[Report on the health of British troops in the Madras command]
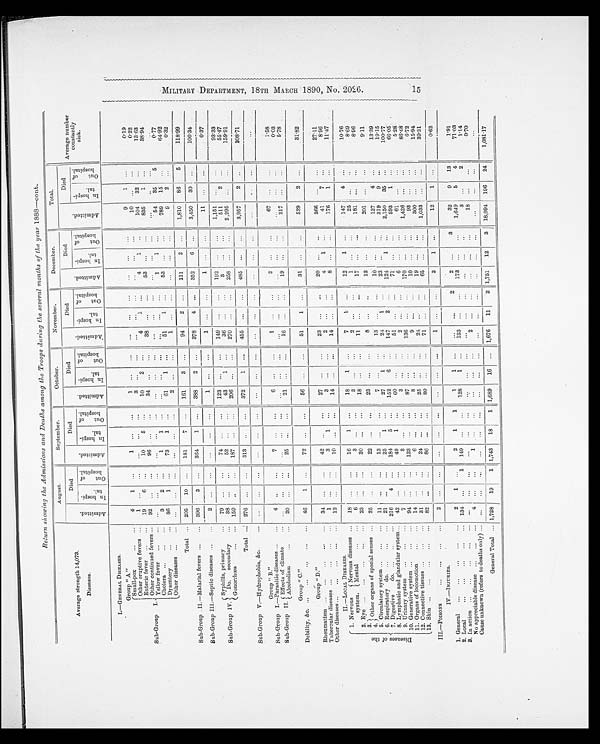
Return showing the Admissions and Deaths among the Troops during the several months of the year 1888—cont.
Average strength 14,073.
Diseases.
August.
September.
October.
November.
December.
Total.
Average number
constantly
sick.
A d m i t t e d .
Died
A d m i t t e d .
Died
A d m i t t e d .
Died
A d m i t t e d .
Died
A d m i t t e d .
Died
A d m i t t e d .
Died
I n h o s p i - t a l .
O u t o f h o s p i t a l .
I n h o s p i - t a l .
O u t o f h o s p i t a l .
I n h o s p i - t a l .
O u t o f h o s p i t a l .
I n h o s p i - t a l .
O u t o f h o s p i t a l .
I n h o s p i - t a l .
O u t o f h o s p i t a l .
I n h o s p i - t a l .
O u t o f h o s p i t a l .
I.—GENERAL DISEASES.
Group "A"
Sub-Group I.
Small-pox
4
1 ...
1
. . .
. . .
1
. . .
. . .
. . .
. . .
. . .
...
...
...
9
1
...
0.19
Other eruptive fevers
1
. . .
. . .
...
...
...
3
. . .
. . .
...
. . .
. . .
. . .
. . .
. . .
1 0
. . .
. . . 0.22
Enteric fever
19
6 ...
10
5 ...
10
2
...
4
1
...
4
1
. . .
104
32
...
13.63
Other continued fevers
92 ...
. . .
96
. . .
...
34 ...
. . .
38
...
...
53 ...
...
835
1
...
38.94
Yellow fever
...
...
...
. . .
. . .
. . . . . .
. . .
. . .
. . .
...
...
. . .
. . .
...
. . .
. . .
. . . ...
Cholera
3
2 ...
1
1
...
. . .
. . .
. . .
...
. . .
. . .
1
1
. . .
54
35
5
0.77
Dysentery
86
1
...
73
1
...
61
1
...
51
1 ...
53 ...
...
789
15 ...
64.92
Other diseases
...
. . .
. . .
...
...
...
2 ...
. . .
1
...
...
. . .
. . .
. . .
9
2
...
0.32
Total
205
10 ...
181
7 ...
161
3
. . .
94
2 ...
111
2
. . .
1,810
86
5
118.99
Sub-Group II.—Malarial fevers
396
3 ...
364
1
...
388
2
. . .
378
4 ...
352
6
...
3,450
30 ...
100.34
Sub-Group III.—Septic diseases
2
. . .
...
...
...
...
1
. . .
. . .
1
. . .
. . .
1
. . .
. . .
11
...
. . . 0.37
Sub-Group IV.
S y p h i l i s , p r i m a r y
7 9
. . .
. . .
74
. . .
...
123 ...
...
149
. . .
. . .
1 9 2
. . .
. . .
1,151
...
...
93.33
Do. secondary
38 ...
...
52
. . .
...
43
1
...
3 6
. . .
. . .
3
...
...
511
2
. . . 55.47
Gonorrhœa
159 ...
. . .
187
...
...
206 ...
...
270
...
. . .
258
. . .
. . .
2,295
...
...
159.91
Total
276 ...
...
313
. . .
...
372
1
...
455
. . .
. . .
485
...
...
3,957
2
. . .
308.71
Sub-Group V.—Hydrophobia, &c.
...
. . .
. . .
...
...
...
. . .
. . .
...
. . .
. . .
. . .
...
...
...
. . .
. . .
. . . ...
Group "B."
Sub-Group I.—Parasitic diseases
4
. . .
. . . 7
. . .
. . .
6
. . .
. . .
1
...
. . .
2 ...
...
67 ...
...
1.58
Sub-Group II. Effects of climate
. . .
. . .
. . .
. . .
. . .
. . .
. . .
. . .
. . .
. . .
. . .
. . .
. . .
. . .
. . .
. . .
...
...
0.03
Alcoholism
2 0
. . .
. . .
25
. . .
...
21 ...
...
16
...
...
1 9
. . .
. . .
217 ...
. . . 5.78
Group "C."
Debility, &c.
46
1
...
7 2
. . .
. . .
56 ...
...
51
1
. . .
31 ...
...
529
2
. . . 31.82
Group "D."
Rheumatism
34 ...
...
42 ...
...
27 ...
...
23
...
...
20 ...
...
366 ...
...
27.11
Tubercular diseases
1
. . .
. . .
3
1 ...
3
. . .
. . .
2
...
...
4
1
...
41
7
...
8.96
Other diseases
12
. . .
. . .
10
. . .
. . .
14 ...
...
14 ...
...
8
. . .
. . .
176
1
...
11.47
II.—LOCAL DISEASES.
D i s e a s e s o f t h e
1. Nervous
system.
Nervous diseases
18 ...
...
16
1
...
1 8
1 ...
7
1
...
12
1
...
147
4
. . .
10.76
Mental
6 ...
...
3
. . .
. . .
3
. . .
...
2
. . .
. . .
1
. . .
. . .
25 ...
...
8.69
2. Eye
2 3
. . .
. . .
20
. . .
. . .
18 ...
...
11
. . .
. . .
17 ...
. . .
181
. . .
...
8.96
3 .
Other organs of special senses
25 ...
...
22
. . .
. . .
23 ...
...
8 ...
...
1 2
. . .
. . .
201 ...
...
9.11
4 .
5. Circulatory system
11
. . .
...
13
...
...
7
...
...
13 ...
...
10 ...
...
127
4 ...
13.39
6. Respiratory do.
21
...
...
25
1
...
27
1
...
24
1
. . .
23 ...
...
319
9
...
19.15
7. Digestive
do.
216
4 ...
184
5
...
152
6 ...
147
2
. . .
124
1
...
2,150
35 ...
100.77
8. Lymphatic and glandular system
42
...
...
49
1
...
60 ...
...
51
...
...
71
...
...
593
1
. . .
66.05
9. Urinary system
7
. . .
. . .
3
...
...
3
. . .
. . .
2
. . .
. . .
6
. . .
. . .
61
...
...
5.28
10. Generative system
94 ...
...
123
...
...
87 ...
...
136
...
...
170
...
...
1,426 ...
...
86.48
11. Organs of locomotion
14 ...
. . .
6
. . .
. . .
8
. . .
. . .
9
...
. . .
10 ...
...
93
...
...
6.72
12. Connective tissues
3 1
. . .
. . .
2 4
. . .
. . .
2 5
. . .
. . .
2 4
. . .
. . .
19
. . .
. . .
300 ...
...
15.94
13. Skin
82
...
...
86
...
...
8 0
. . .
. . .
71
. . .
. . .
6 5
. . .
. . .
1,033
...
...
39.31
III.—POISONS
2 ...
...
...
...
...
...
. . .
. . .
1
. . .
. . .
3
1
...
12
1 ...
0.62
IV.—INJURIES.
1. General
2
1
...
2
1
1
1
1 ...
...
. . .
2
2 ...
3
32
9
13
1.91
2. Local
134 ...
1
149
. . .
. . .
128
1
...
133
...
...
173
. . .
. . .
1,649
5
4
71.03
3. In action
...
...
...
. . .
. . .
. . .
. . .
. . .
. . .
. . .
. . .
. . .
. . .
. . .
. . .
3
. . .
2
1.14
No appreciable disease
4
. . .
. . .
1
. . .
. . .
. . .
. . .
. . .
2
. . .
. . .
. . .
. . .
. . .
18
. . .
. . . 0.70
Cause unknown (refers to deaths only)
...
...
. . .
. . .
. . .
. . .
. . .
. . .
. . .
. . .
. . .
. . .
. . .
. . .
. . .
. . .
. . .
. . .
. . .
General Total
1,728
19
1 1,743
18
1 1,689
16 ... 1,676
11
2 1,751
12
3
18,994 196
24
1,081.17